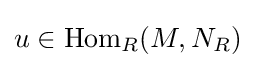
u\in {\text{Hom}}_{R}(M,N_{R})